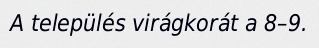
A település virágkorát a 8–9.